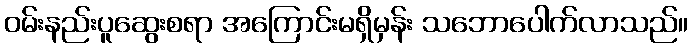
ဝမ်းနည်းပူဆွေးစရာ အကြောင်းမရှိမှန်း သဘောပေါက်လာသည်။